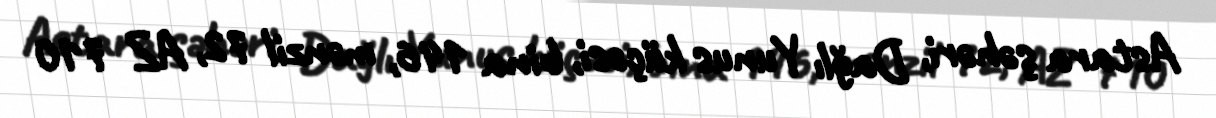
Astara şəhəri, Dağlı Yunus küçəsi, bina 146, mənzil 72, AZ 710